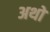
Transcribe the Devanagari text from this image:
अथो